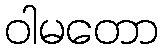
ဝါမတော